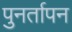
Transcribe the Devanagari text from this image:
पुनर्तापन